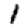
Digit: 1